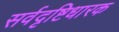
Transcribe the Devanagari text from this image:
सर्वदृष्टिधारक